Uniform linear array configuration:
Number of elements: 32
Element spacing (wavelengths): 0.75
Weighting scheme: exponential
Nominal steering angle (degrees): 45
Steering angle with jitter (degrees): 45.004
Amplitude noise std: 0.05
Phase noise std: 0.05

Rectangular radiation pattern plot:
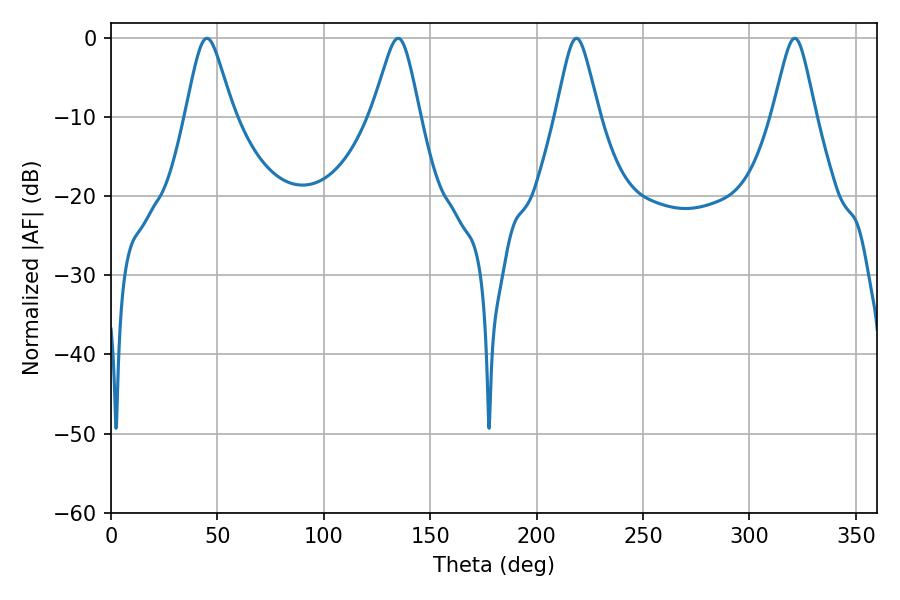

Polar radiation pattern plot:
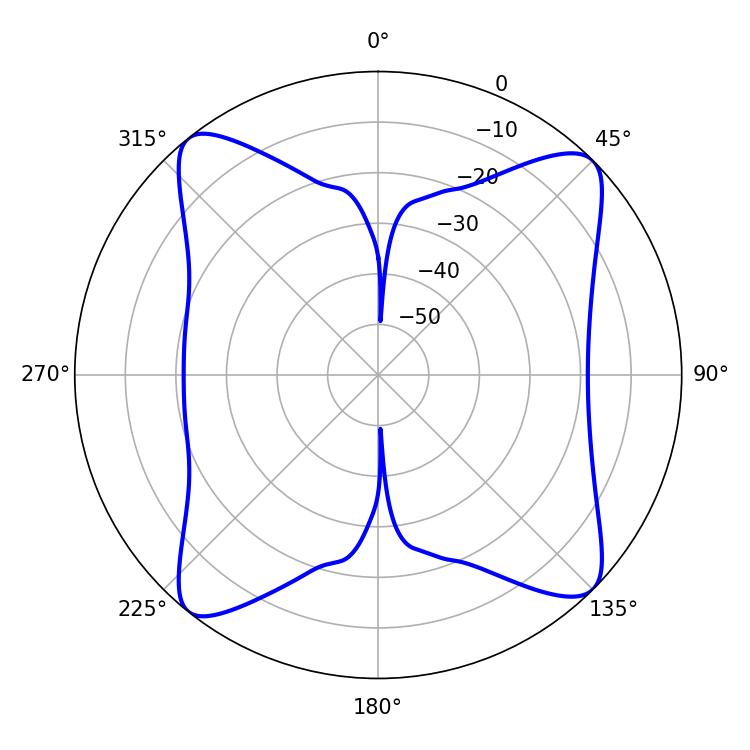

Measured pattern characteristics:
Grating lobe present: TRUE
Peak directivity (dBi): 14.163
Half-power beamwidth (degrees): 9.72
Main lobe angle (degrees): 321.3